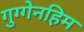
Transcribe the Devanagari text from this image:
गुग्गेनहिम